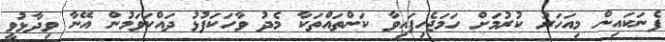
ފެނަކައިން މިއަހަރު ކުރުމަށް ހަމަޖެހިފައިވާ ކަންތައްތަކާ މެދު ވާހަކަފުޅު ދައްކަވަމުން އޭނާ ވިދާޅުވީ